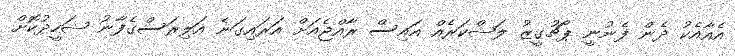
އެއާއެކު ދެން ފެނުނީ ޕޯޗުގީޒު ލަޝްކަރެއް އައިސް ރާއްޖެއަށް އަރައިގަނެ އަލިރަސްގެފާނު ޝަހީދުކޮށް